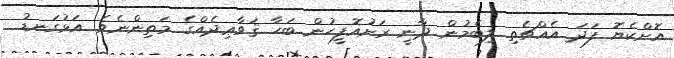
އޮށްކެޔޮ ފަދަ އެއްޗެތި ލިބެމުން ދާނީ ރަށުއޮފީހުން ބަހާ ޤަވާޢިދެއްގެ މަތިންނެވެ. އަޅުގަނޑު